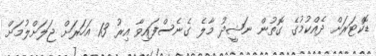
ޑޮކްޓަރަށް ދެއްކުމުގެ ގޮތުން ނަޝީދު މާލެ ގެނެސްފައިވާ އިރު 13 އަހަރަށް ޖަލަށްލުމަށް